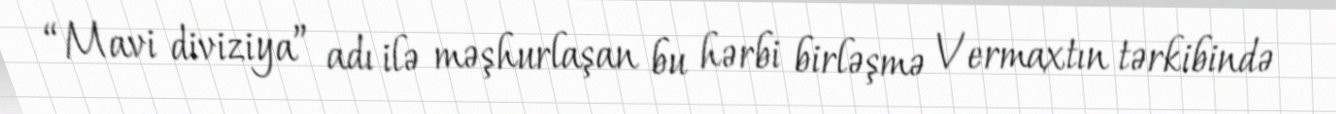
“Mavi diviziya” adı ilə məşhurlaşan bu hərbi birləşmə Vermaxtın tərkibində